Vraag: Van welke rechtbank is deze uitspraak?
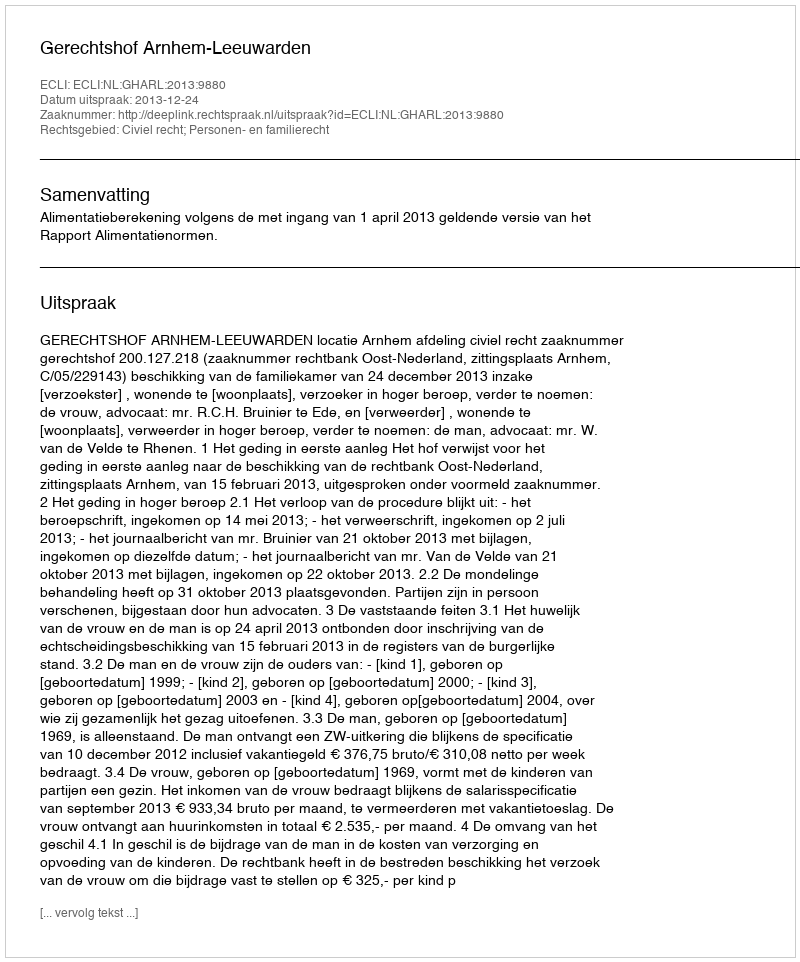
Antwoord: Gerechtshof Arnhem-Leeuwarden